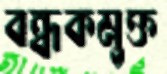
বন্ধকমুক্ত